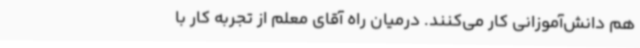
هم دانش‌آموزانی کار می‌کنند. درمیان راه آقای معلم از تجربه کار با